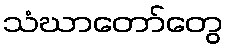
သံဃာတော်တွေ